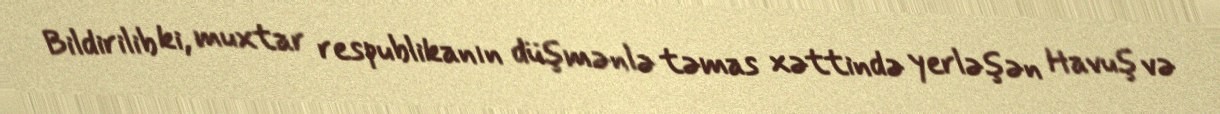
Bildirilib ki, muxtar respublikanın düşmənlə təmas xəttində yerləşən Havuş və